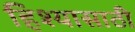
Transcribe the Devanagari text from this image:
हिश्यासाठी